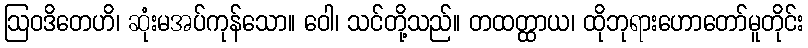
ဩဝဒိတေဟိ၊ ဆုံးမအပ်ကုန်သော။ ဝေါ၊ သင်တို့သည်။ တထတ္ထာယ၊ ထိုဘုရားဟောတော်မူတိုင်း